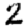
Digit: 2